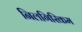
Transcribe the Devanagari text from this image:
निलगिरिकम